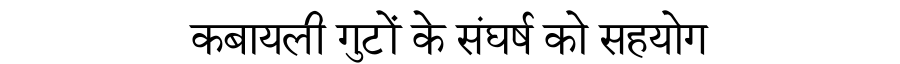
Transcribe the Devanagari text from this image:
कबायली गुटों के संघर्ष को सहयोग